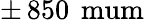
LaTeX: \pm\, 850\, \mathrm{\ mum}